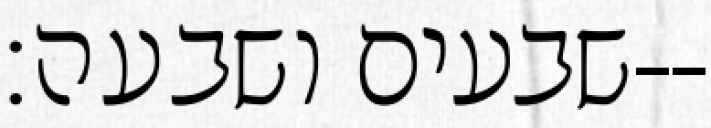
שבעים ושבעה׃--